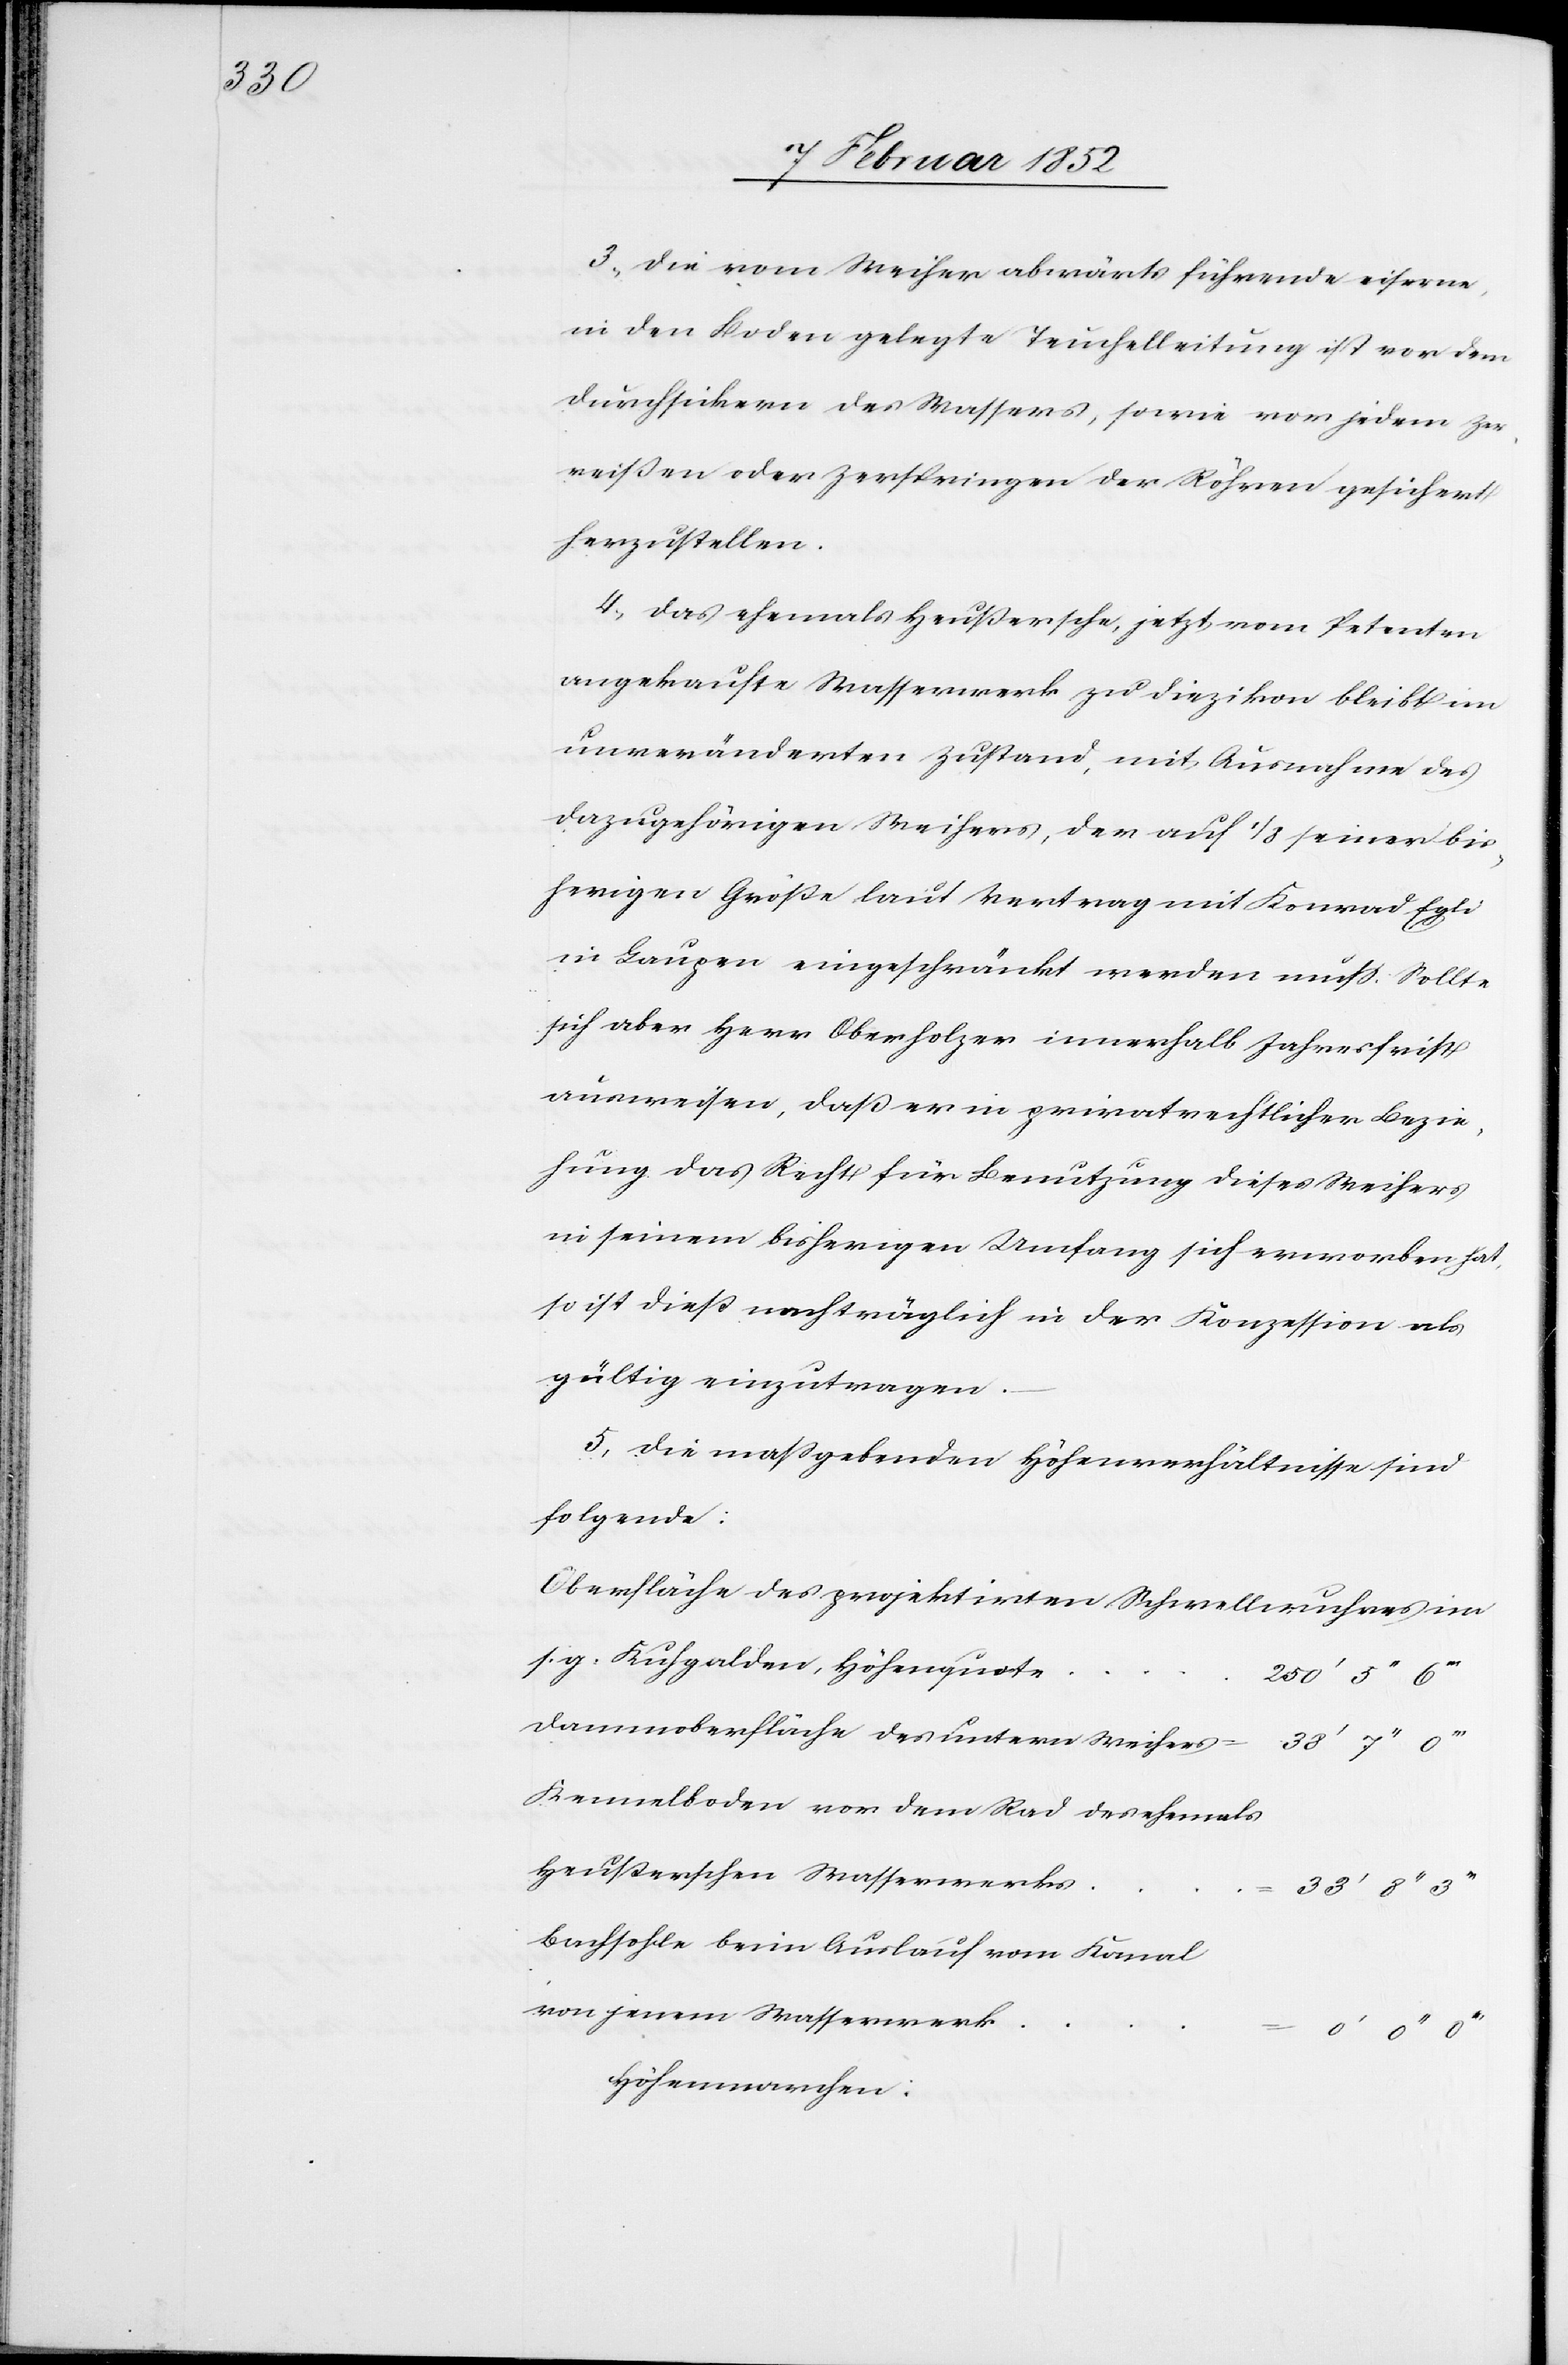
33’

3.) Die vom Weiher abwärts führende eiserne
in den Boden gelegte Teuchelleitung ist vor dem
durchsickern des Wassers, sowie vor jedem Zer¬
reißen oder Zerspringen der Röhren gesichert
herzustellen.
4.) Das ehemals Heußersche, jetzt vom Petenten
angekaufte Wasserwerk zu Diezikon bleibt im
unveränderten Zustand, mit Ausnahme des
dazugehörigen Weihers, der auf 1/3 seiner bis¬
herigen Größe laut Vertrag mit Konrad Egli
in Laupen eingeschränkt werden muß. Sollte
sich aber Herr Oberholzer innerhalb Jahresfrist
ausweisen, daß er in privatrechtlicher Bezie¬
hung das Recht für Benutzung dieses Weihers
in seinem bisherigen Umfang sich erworben hat,
so ist dieß nachträglich in der Konzession als
gültig einzutragen.
5) Die maßgebenden Höhenverhältnisse sind
folgende:
Oberfläche des projektirten Schwellwuhres im
s. g. Kuhgalden, Höhenquote
Dammoberfläche des untern Weihers =
Kennelboden vor dem Rad des ehemals
Heußerschen Wasserwerks
Bachsohle beim Auslauf vom Kanal
von jenem Wasserwerk
Höhenmarchen: